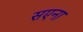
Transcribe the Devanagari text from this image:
सएना